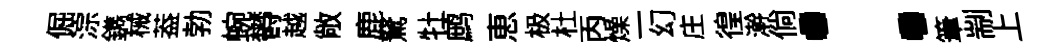
倔淙鐫械葢勃蜿欎越敞鹿駑牡鹧恵极杜丙燥一幻庄徨澣倘：筆剬上